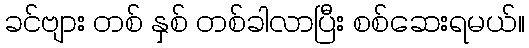
ခင်ဗျား တစ် နှစ် တစ်ခါလာပြီး စစ်ဆေးရမယ်။